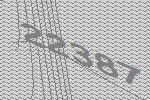
22387